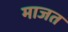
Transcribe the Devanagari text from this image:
माजत